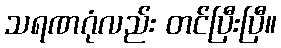
သရဏဂုံလည်း တင်ပြီးပြီ။